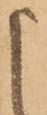
申